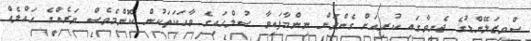
ސްވިޒަލޭންޑުގެ ޖެނީވާގައި ކުރިއަށް ގެންދަން ނިންމާފައިވާ ސުލްހައިގެ ވާހަކަތަކުން ކޮންމެވެސް ވަރެއްގެ ހައްލެއް